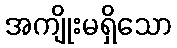
အကျိုးမရှိသော